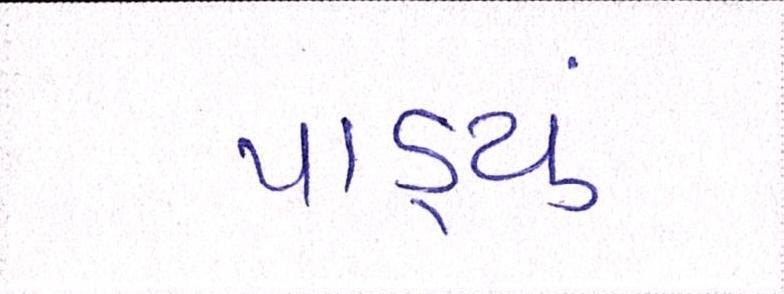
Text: પાડ્યું